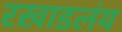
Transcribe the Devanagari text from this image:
रखाडलंय